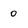
Character: 0